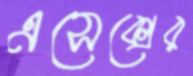
এসেক্সের